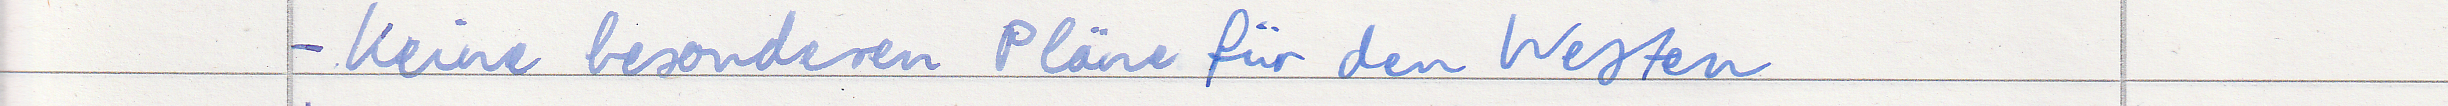
- Keine besonderen Pläne für den Westen